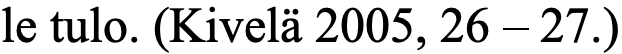
le tulo. (Kivelä 2005, 26 – 27.)